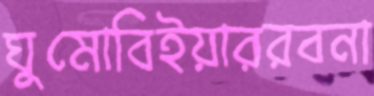
ঘুমোবিইয়াররবনা